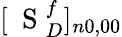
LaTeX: [\mathrm{~\mathbf~S~}_{D}^{f}]_{n0,00}